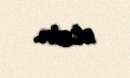
etsin.